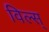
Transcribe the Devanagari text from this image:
विल्स्